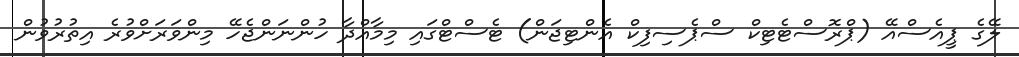
ލޭގެ ޕީއެސްއޭ (ޕްރޮސްޓެޓިކް ސްޕެސިފިކް އެންޓިޖަން) ޓެސްޓްގައި މިމާއްދާ ހުންނަންޖެހޭ މިންވަރަށްވުރެ އިތުރުވުން